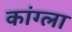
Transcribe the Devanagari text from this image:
कांग्ला